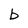
Character: b